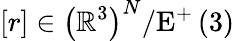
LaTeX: \left[r\right]\in\left(\mathbb{R}^{3}\right)^{N}/\mathrm{E}^{+}\left(3\right)